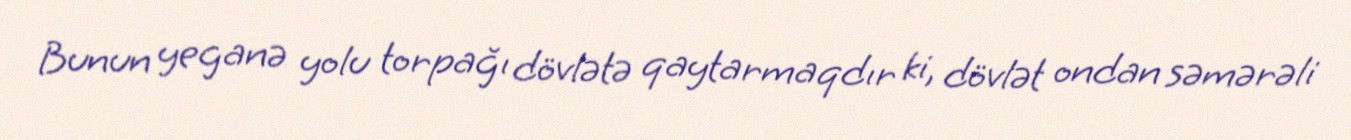
Bunun yeganə yolu torpağı dövlətə qaytarmaqdır ki, dövlət ondan səmərəli